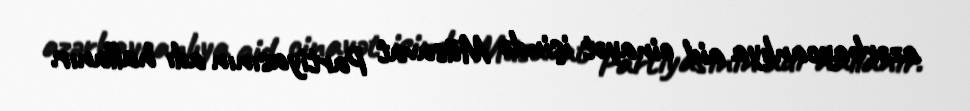
azərbaycanlıya aid cinayət işində Müsavat Partiyasının adı hallanır.